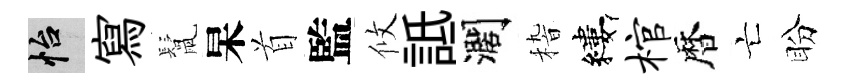
怡寫鬛杲首監攸詆濶𥟵縷棺暦亡盼